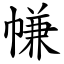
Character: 㡘